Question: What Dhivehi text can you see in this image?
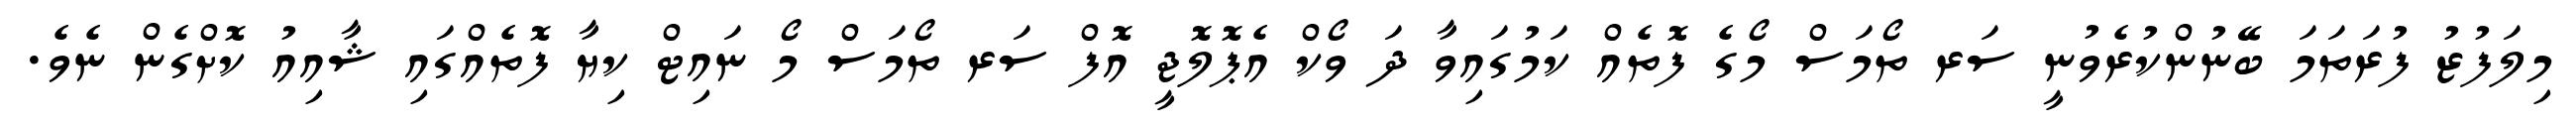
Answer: މިލަފުޒު ފުރަތަމަ ބޭނުންކުރެވުނީ ސަރ ތޯމަސް މޯގެ ފޮތެއް ކަމުގައިވާ ދަ ވޯކް އެޕޮލޮޖީ އޮފް ސަރ ތޯމަސް މޯ ނައިޓް ކިޔާ ފޮތެއްގައި ޝާއިއު ކޮށްގެން ނެވެ.